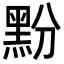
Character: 𮮔